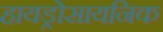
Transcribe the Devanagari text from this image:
हायड्रोसायनिक